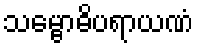
သမ္ဗောဓိပရာယဏံ